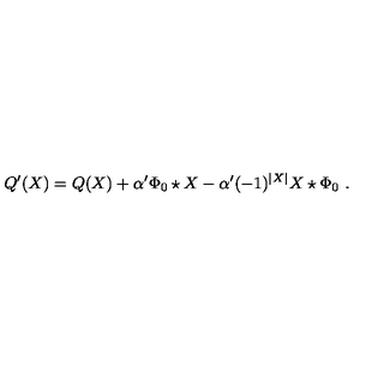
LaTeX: Q ^ { \prime } ( X ) = Q ( X ) + \alpha ^ { \prime } \Phi _ { 0 } \star X - \alpha ^ { \prime } ( - 1 ) ^ { | X | } X \star \Phi _ { 0 } \ .